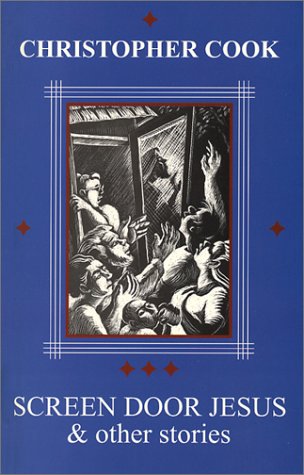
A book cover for Screen Door Jesus & Other Poems; Christopher Cook; Religion & Spirituality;